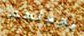
يجعلهم